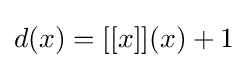
d(x)=[[x]](x)+1